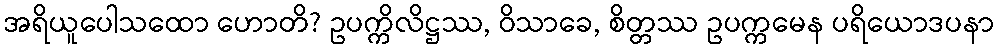
အရိယူပေါသထော ဟောတိ? ဥပက္ကိလိဋ္ဌဿ, ဝိသာခေ, စိတ္တဿ ဥပက္ကမေန ပရိယောဒပနာ